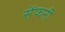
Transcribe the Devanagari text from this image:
सेंफनी